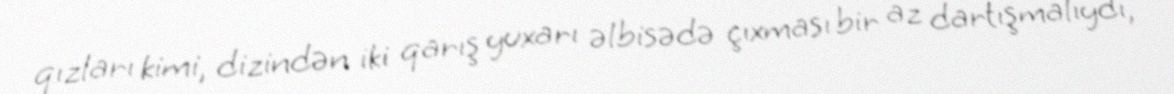
qızları kimi, dizindən iki qarış yuxarı əlbisədə çıxması bir az dartışmalıydı,